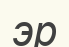
эр